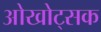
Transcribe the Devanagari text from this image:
ओखोट्सक